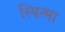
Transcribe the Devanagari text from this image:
स्पित्मा